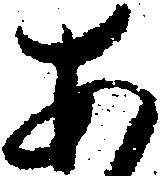
あ